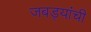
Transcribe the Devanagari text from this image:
जबड्यांची